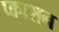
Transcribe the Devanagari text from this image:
प्काशन